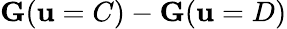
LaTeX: \mathbf{G}(\mathbf{u}=C)-\mathbf{G}(\mathbf{u}=D)